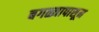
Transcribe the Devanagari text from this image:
बगळ्यापासून